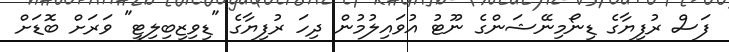
ފަސް ރުފިޔާގެ ޑިނޯމިނޭޝަންގެ ނޫޓު އުވައިލުމުން ދިހަ ރުފިޔާގެ "ޑިވިޒިބިލިޓީ" ވަރަށް ބޮޑަށް